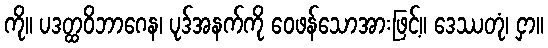
ကို။ ပဒတ္ထဝိဘာဂေန၊ ပုဒ်အနက်ကို ဝေဖန်သောအားဖြင့်။ ဒေဿတုံ၊ ငှာ။